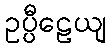
ဥပ္ပီဠေယျ